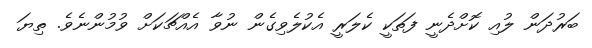
ބަރުދަން ލުއި ކޮށްދެނީ ފަތަކީ ކެލަރީ އެކުލެވިގެން ނުވާ އެއްޗަކަށް ވުމުންނެވެ. ތިޔަ